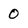
Character: 0